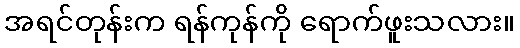
အရင်တုန်းက ရန်ကုန်ကို ရောက်ဖူးသလား။